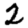
Digit: 2